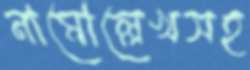
নামোল্লেখসহ